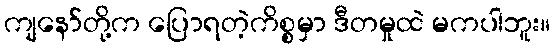
ကျနော်တို့က ပြောရတဲ့ကိစ္စမှာ ဒီတမှုထဲ မကပါဘူး။